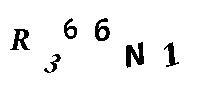
R366N1